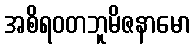
အစိရဝတဘူမိဇနာမော